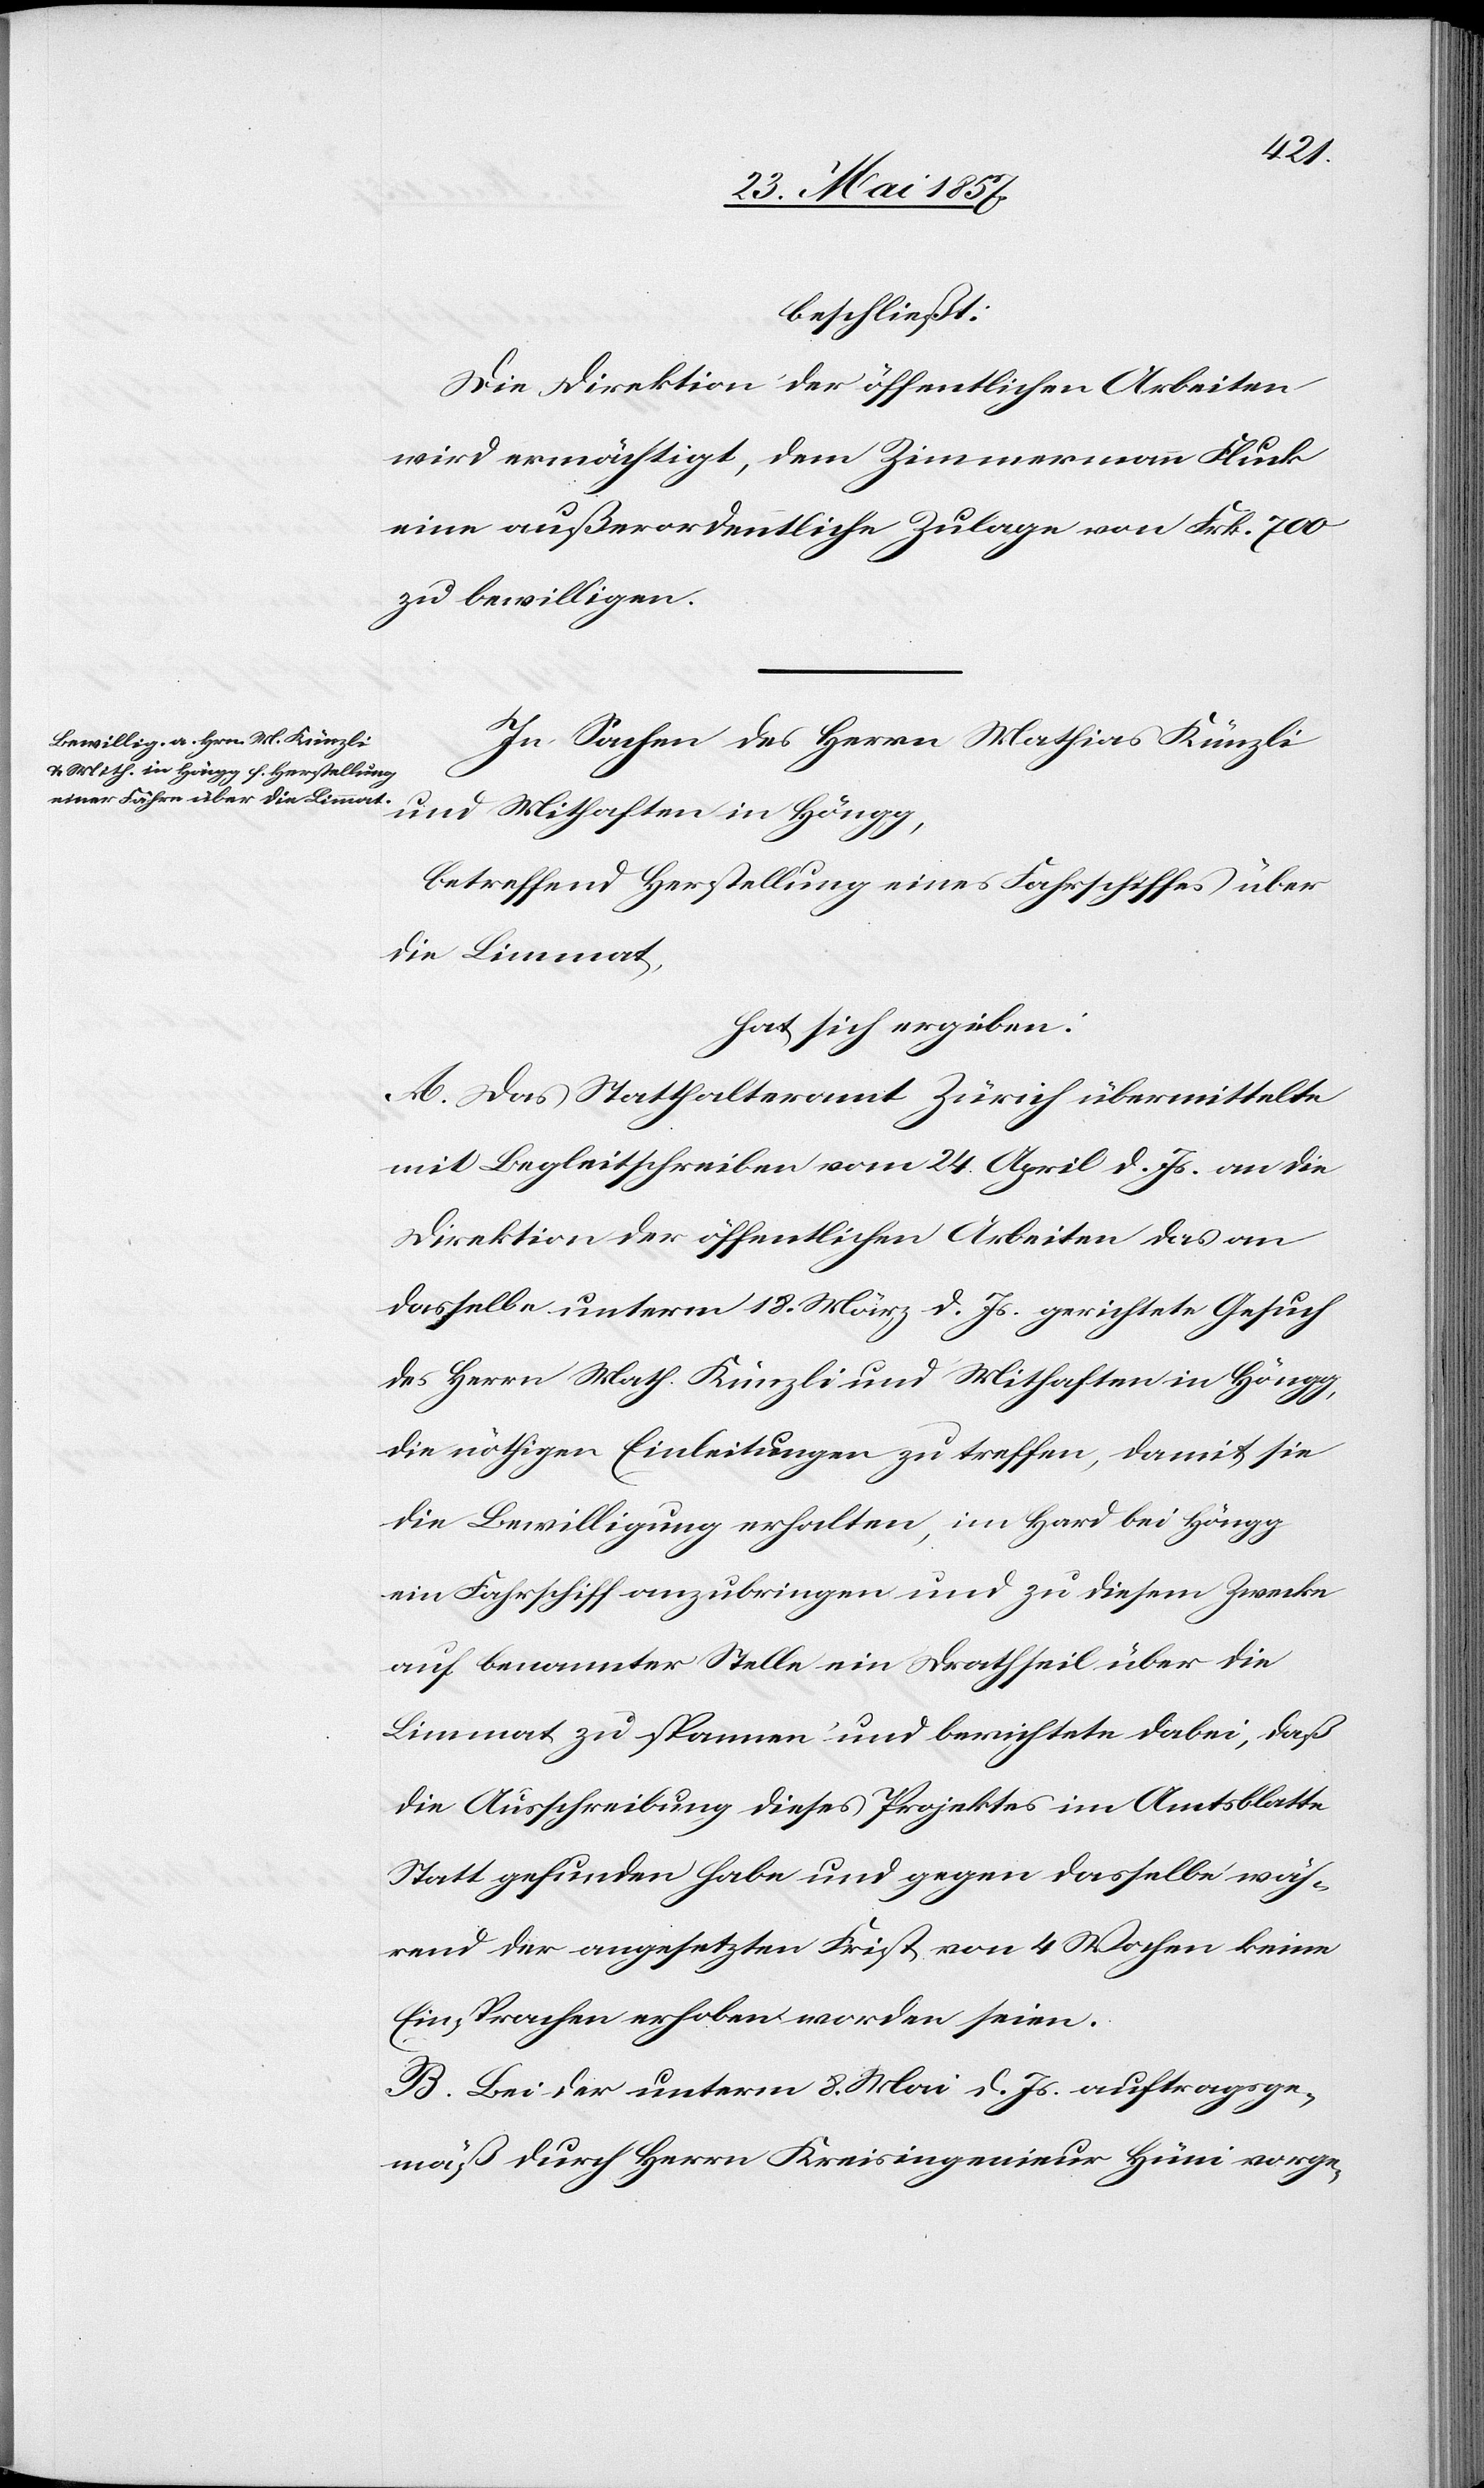
beschließt:
Die Direktion der öffentlichen Arbeiten
wird ermächtigt, dem Zimmermann Fluck
eine außerordentliche Zulage von Frk. 700
zu bewilligen.
In Sachen des Herrn Mathias Künzli
und Mithaften in Höngg,
betreffend Herstellung eines Fahrschiffes über
die Limmat,
hat sich ergeben:
A. Das Statthalteramt Zürich übermittelte
mit Begleitschreiben vom 24 April d. Js. an die
Direktion der öffentlichen Arbeiten das an
dasselbe unterm 18 März d. Js. gerichtete Gesuch
des Herrn Math. Künzli und Mithaften in Höngg,
die nöthigen Einleitungen zu treffen, damit sie
die Bewilligung erhalten, im Hard bei Höngg
ein Fahrschiff anzubringen und zu diesem Zwecke
auf benannter Stelle ein Drahtseil über die
Limmat zu spannen und berichtete dabei, daß
die Ausschreibung dieses Projektes im Amtsblatte
Statt gefunden habe und gegen dasselbe wäh¬
rend der angesetzten Frist von 4 Wochen keine
Einsprachen erhoben worden seien.
B. Bei der unterm 8 Mai d. Js. auftragsge¬
mäß durch Herrn Kreisingenieur Hüni vorge-